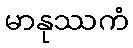
မာနုဿကံ